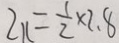
2 x = \frac { 1 } { 2 } \times 2 . 8